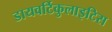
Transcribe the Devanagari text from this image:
डायवर्टिकुलाइटिस